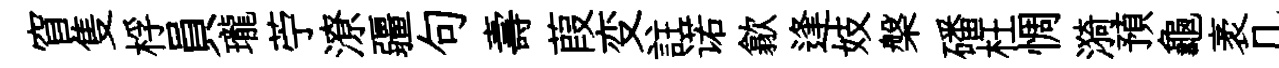
窅隻桴員瓏苧潦疆句壽葭变註诺歙逢妓槃磻枉惆漪預龜袤几